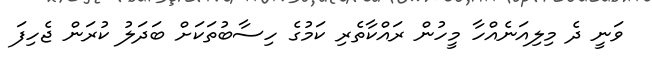
ވަނީ ދެ މިލިއަނެއްހާ މީހުން ރައްކާތެރި ކަމުގެ ހިސާބުތަކަށް ބަދަލު ކުރަން ޖެހިފަ